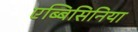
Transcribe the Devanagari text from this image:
एब्बिसिनिया